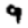
Digit: 9